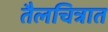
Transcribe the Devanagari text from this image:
तैलचित्रात